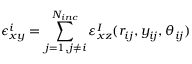
\epsilon _ { x y } ^ { i } = \sum _ { j = 1 , j \neq i } ^ { N _ { i n c } } \varepsilon _ { x z } ^ { I } ( r _ { i j } , y _ { i j } , \theta _ { i j } )